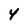
Character: 4